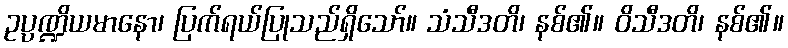
ဥပ္ပဏ္ဍိယမာနော၊ ပြက်ရယ်ပြုသည်ရှိသော်။ သံသီဒတိ၊ နစ်၏။ ဝိသီဒတိ၊ နစ်၏။